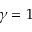
\gamma = 1